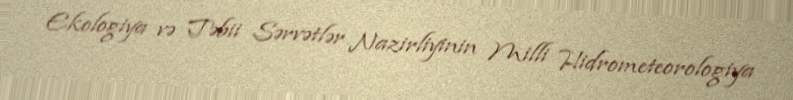
Ekologiya və Təbii Sərvətlər Nazirliyinin Milli Hidrometeorologiya